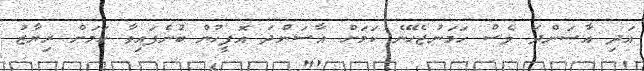
އަދި އާސަންދަ ވެސް ހަމަނުޖެހޭނެ ކަމަށް އާސަންދަ އޮފީހުން ބުނެފައިވާ ކަމަށް ރިޔާޒު